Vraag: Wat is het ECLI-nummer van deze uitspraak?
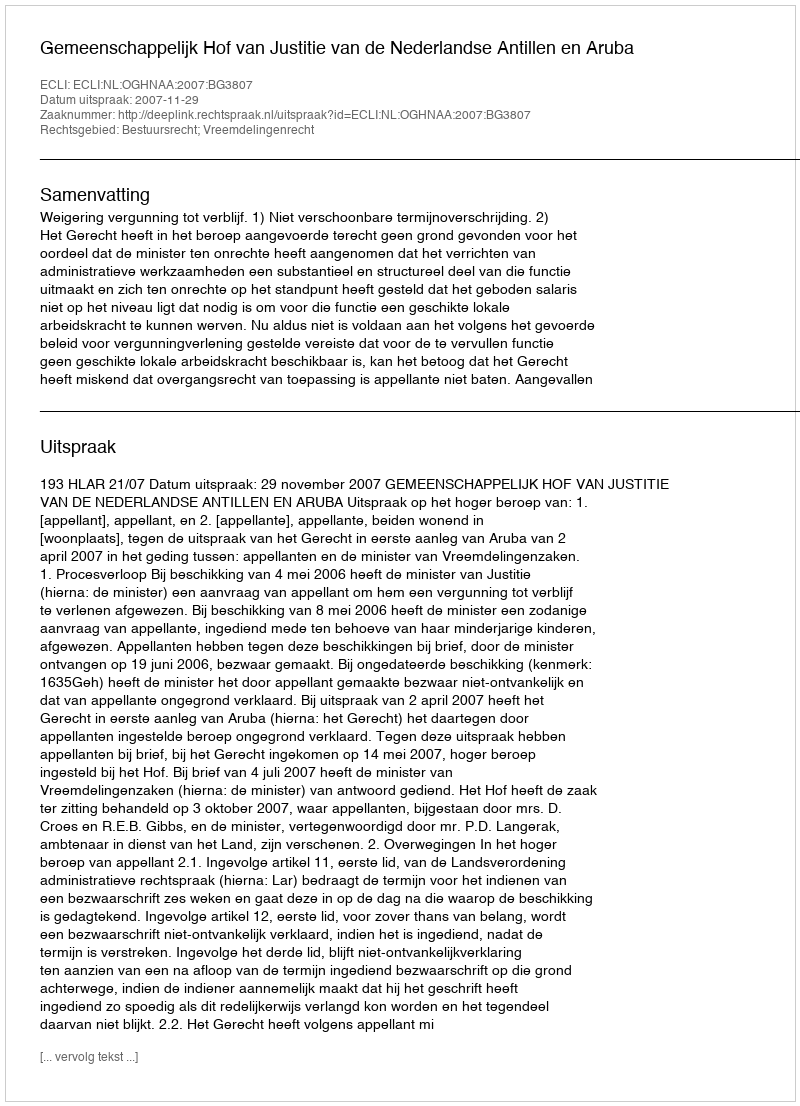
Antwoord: ECLI:NL:OGHNAA:2007:BG3807